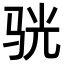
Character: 𫘡